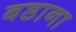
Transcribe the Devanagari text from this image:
बडाना